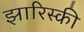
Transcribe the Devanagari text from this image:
झारिस्की